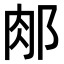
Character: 𨛇